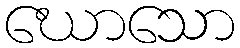
ဃောသော